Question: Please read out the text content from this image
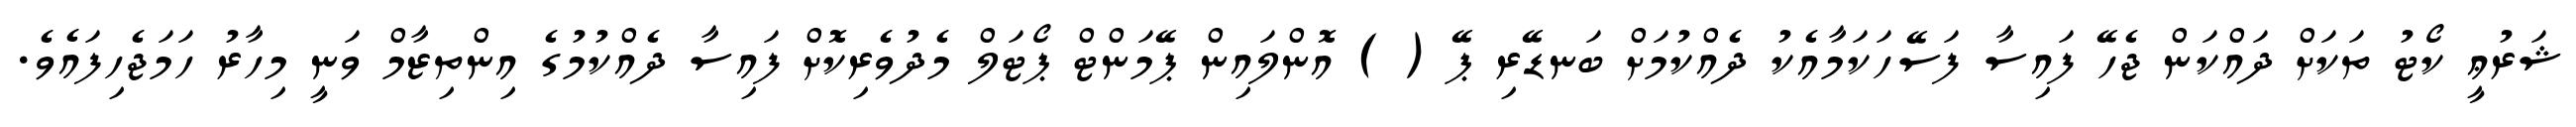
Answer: ޝަރުޢީ ކޯޓު ތަކަށް ދައްކަން ޖެހޭ ފައިސާ ފަސޭހަކަމާއެކު ދެއްކުމަށް ބަނޑޭރި ޕޭ ( ) އޮންލައިން ޕޭމަންޓް ޕޯޓަލް މެދުވެރިކޮށް ފައިސާ ދެއްކުމުގެ އިންތިޒާމް ވަނީ މިހާރު ހަމަޖެހިފައެވެ.